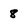
Character: 8